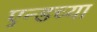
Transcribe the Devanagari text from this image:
एन्डच्या